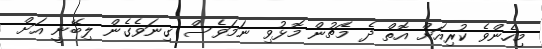
މިހެންވެ ކުރިއަށް އޮތް ދެ މެޗުން މޮޅުވި ނަމަވެސް ގިނަވެގެން ލިބޭނީ އަށް